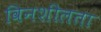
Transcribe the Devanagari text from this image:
विनशीलता